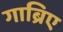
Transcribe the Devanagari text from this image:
गाब्रिए